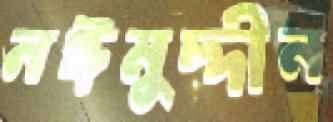
নঈমুদ্দীন